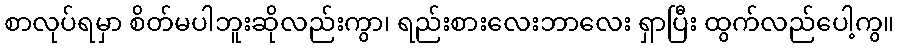
စာလုပ်ရမှာ စိတ်မပါဘူးဆိုလည်းကွာ၊ ရည်းစားလေးဘာလေး ရှာပြီး ထွက်လည်ပေါ့ကွ။